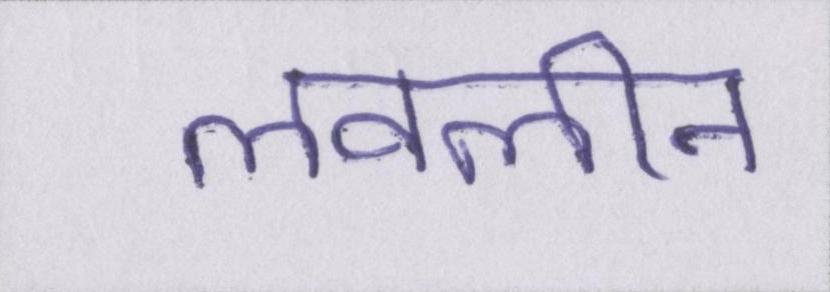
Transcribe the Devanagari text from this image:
लवलीन